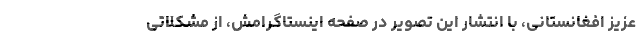
عزیز افغانستانی، با انتشار این تصویر در صفحه اینستاگرامش، از مشکلاتی